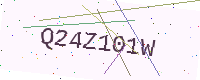
Text: Q24Z101W